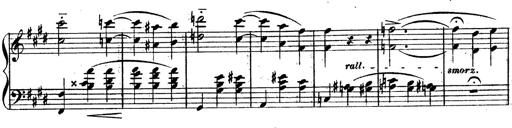
Title: 3 Caprices-Valses
Composer: Franz Liszt